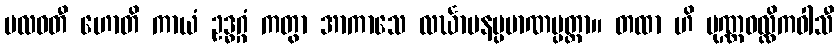
ဗလဝတီ ဟောတိ ကာယံ ဥဒ္ဓဂ္ဂံ ကတွာ အာကာသေ လင်္ဃာပနပ္ပမာဏပ္ပတ္တာ။ တထာ ဟိ ပုဏ္ဏဝလ္လိကဝါသီ